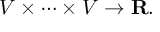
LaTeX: V \times \cdots \times V \to \mathbf { R } .